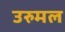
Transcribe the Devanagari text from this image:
उरुमल